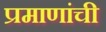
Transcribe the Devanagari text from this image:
प्रमाणांची